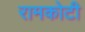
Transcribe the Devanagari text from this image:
रामकोटी